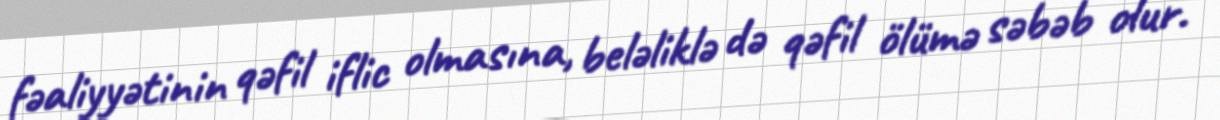
fəaliyyətinin qəfil iflic olmasına, beləliklə də qəfil ölümə səbəb olur.